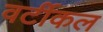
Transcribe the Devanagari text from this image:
वर्टीकल